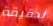
لحقيقة